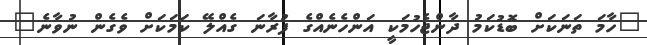
"ހާމަ ތަނަކަށް ބޮޑުކަމު ދާންޖެހުމަކީ އަންހެނެއްގެ ފުރާނަ ގެއްލޭ ކަމަކަށް ވެގެން ނުވާނެ"